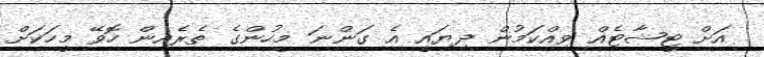
އަށް ޓީޝާޓެއް ވިއްކަމުން ދިޔައީ އެ ގަންނަ މީހުންގެ ތެރެއިން ހޮވޭ މީހަކަށް